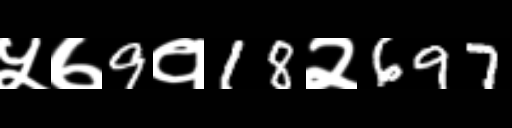
Text: ५७9१18२697